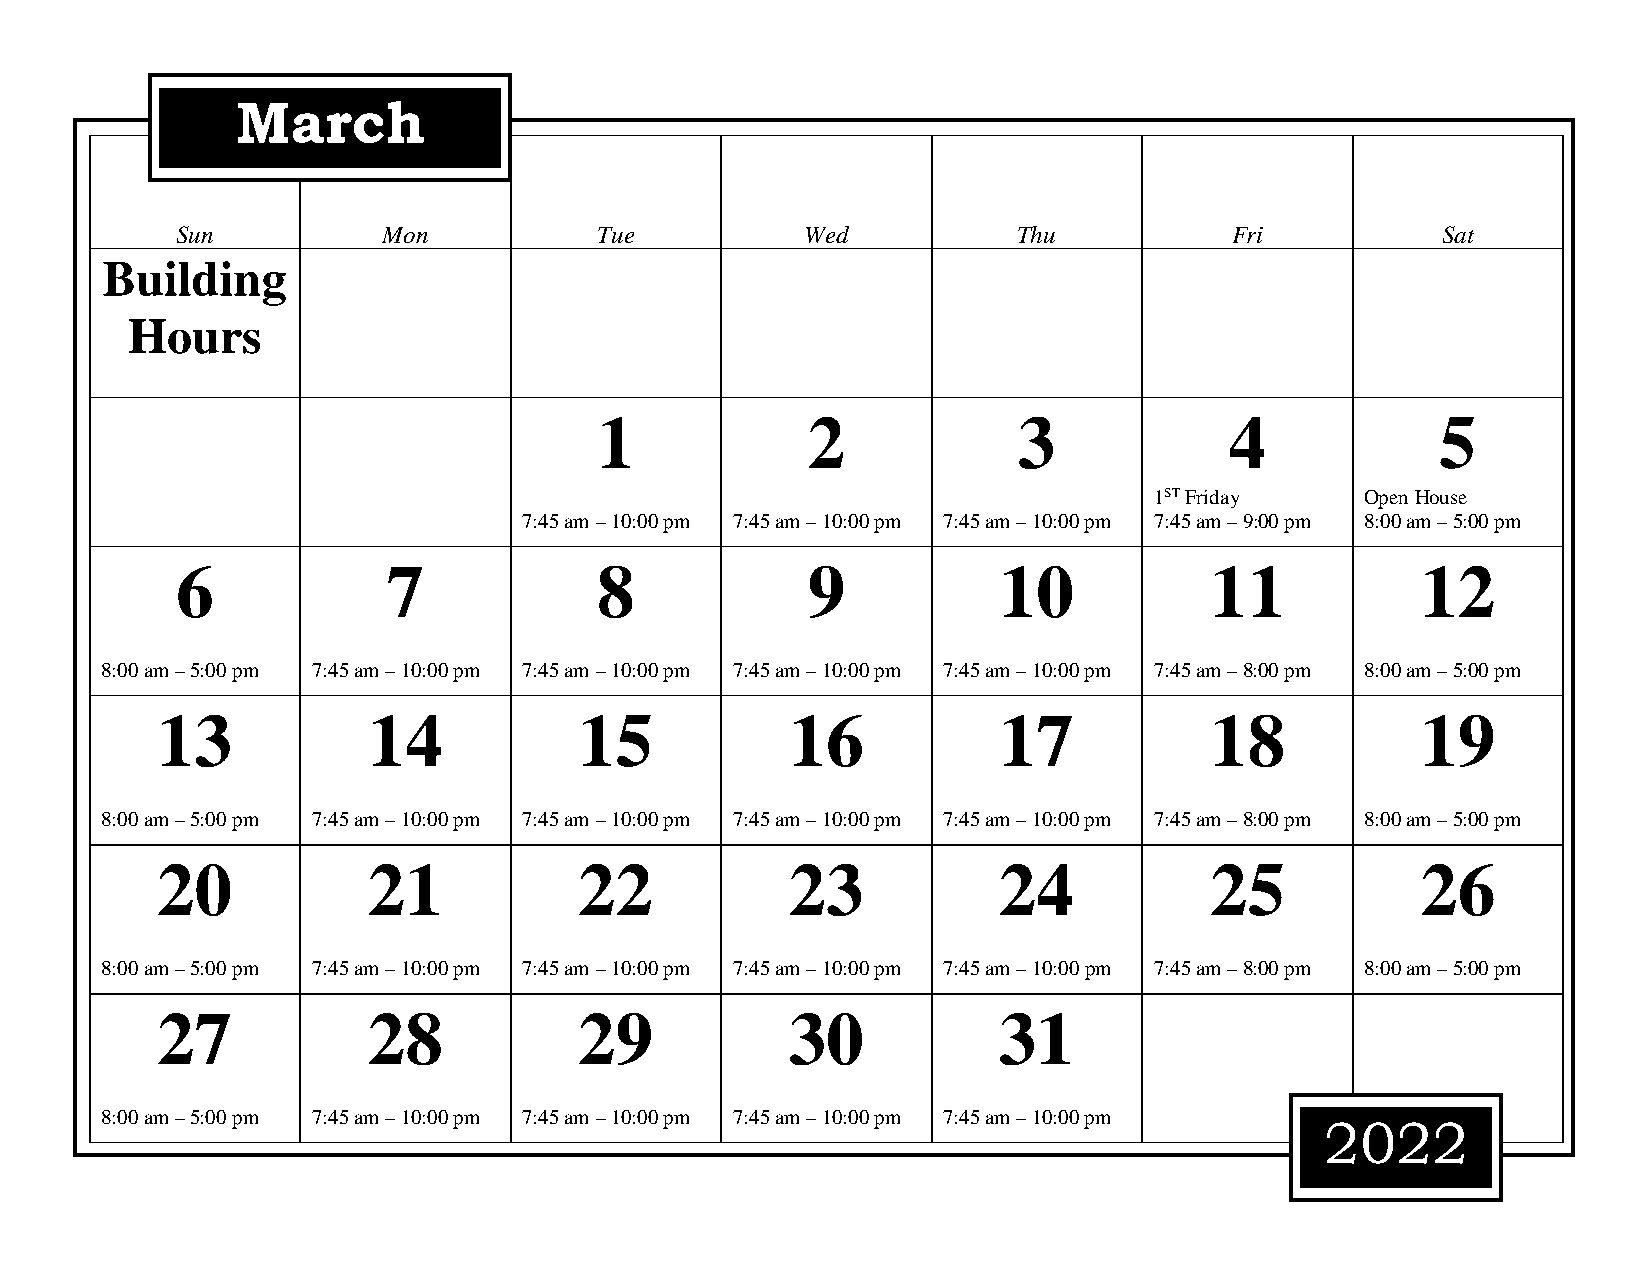
March
 Sun          Mon            Tue          Wed           Thu           Fri           Sat
 Building
 Hours
 1            2             3             4             5
 1ST Friday    Open House
 7:45 am – 10:00 pm 7:45 am – 10:00 pm 7:45 am – 10:00 pm 7:45 am – 9:00 pm 8:00 am – 5:00 pm
 6             7             8            9            10            11            12
 8:00 am – 5:00 pm 7:45 am – 10:00 pm 7:45 am – 10:00 pm 7:45 am – 10:00 pm 7:45 am – 10:00 pm 7:45 am – 8:00 pm 8:00 am – 5:00 pm
 13            14            15            16            17            18            19
 8:00 am – 5:00 pm 7:45 am – 10:00 pm 7:45 am – 10:00 pm 7:45 am – 10:00 pm 7:45 am – 10:00 pm 7:45 am – 8:00 pm 8:00 am – 5:00 pm
 20            21            22            23            24            25            26
 8:00 am – 5:00 pm 7:45 am – 10:00 pm 7:45 am – 10:00 pm 7:45 am – 10:00 pm 7:45 am – 10:00 pm 7:45 am – 8:00 pm 8:00 am – 5:00 pm
 27            28            29            30            31
 8:00 am – 5:00 pm 7:45 am – 10:00 pm 7:45 am – 10:00 pm 7:45 am – 10:00 pm 7:45 am – 10:00 pm
 2022